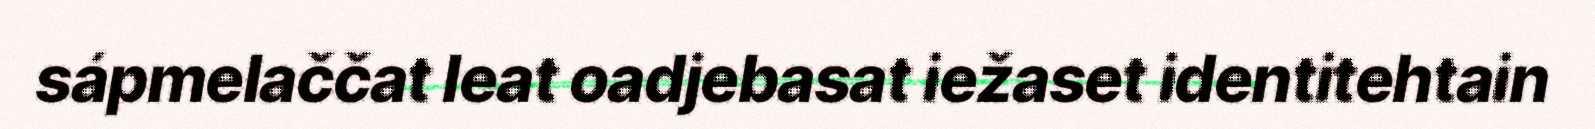
sápmelaččat leat oadjebasat iežaset identitehtain